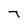
Character: 7